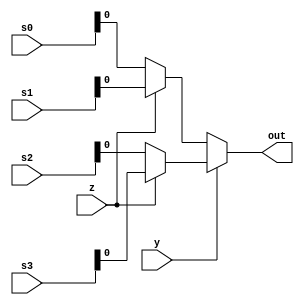
`timescale 1ns / 1ps

module mux_4_to_8(s0,s1,s2,s3,y,z,out);
    input [2:0] s0,s1,s2,s3;
    input y,z;
    output out;
    assign out = y ?  (z ? s3:s2): (z ? s1:s0);
endmodule